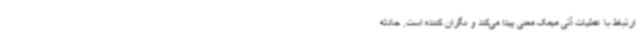
ارتباط با عملیات آتی میمک معنی پیدا می‌کند و نگران کننده است. حادثه